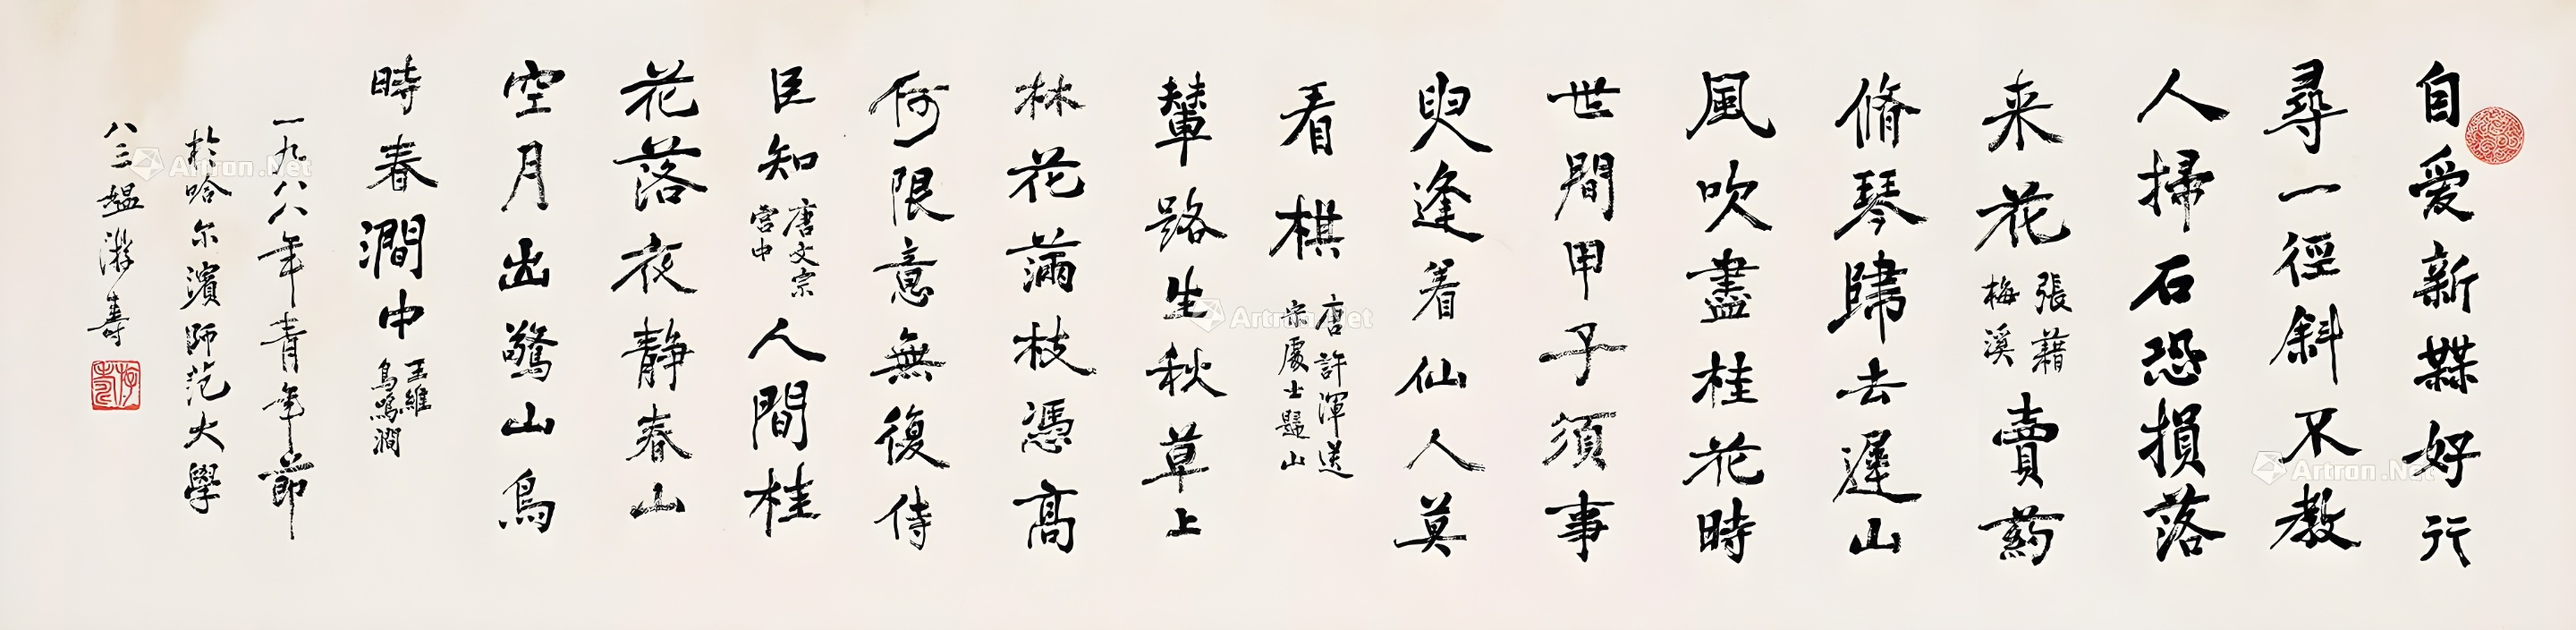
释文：自爱新梅好，行寻一径斜。不教人扫石，恐损落来花（张籍梅溪）。卖药修琴归去迟，山风吹尽桂花时，世间甲子须事臾，逢着仙人莫看棋（唐许浑送宋处士归山）。辇路生秋草，上林花满枝。凭高何限意，无复侍臣知（唐文宗宫中）。人间桂花落，夜静春山空。月出惊山鸟，时春涧中。王维《鸟鸣涧》。一九八八年青年节，于哈尔滨师范大学，八三媪游寿。